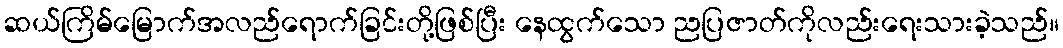
ဆယ်ကြိမ်မြောက်အလည်ရောက်ခြင်းတို့ဖြစ်ပြီး နေထွက်သော ညပြဇာတ်ကိုလည်းရေးသားခဲ့သည်။